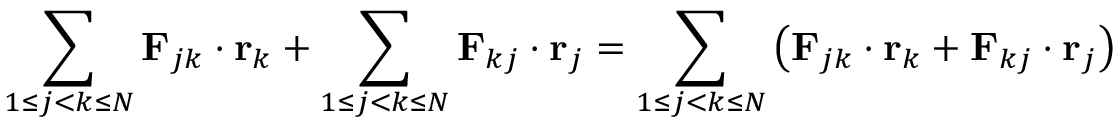
\sum _ { 1 \leq j < k \leq N } \mathbf { F } _ { j k } \cdot \mathbf { r } _ { k } + \sum _ { 1 \leq j < k \leq N } \mathbf { F } _ { k j } \cdot \mathbf { r } _ { j } = \sum _ { 1 \leq j < k \leq N } \left( \mathbf { F } _ { j k } \cdot \mathbf { r } _ { k } + \mathbf { F } _ { k j } \cdot \mathbf { r } _ { j } \right)